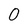
Character: 0